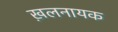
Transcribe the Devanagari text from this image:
ख़लनायक